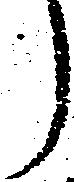
う